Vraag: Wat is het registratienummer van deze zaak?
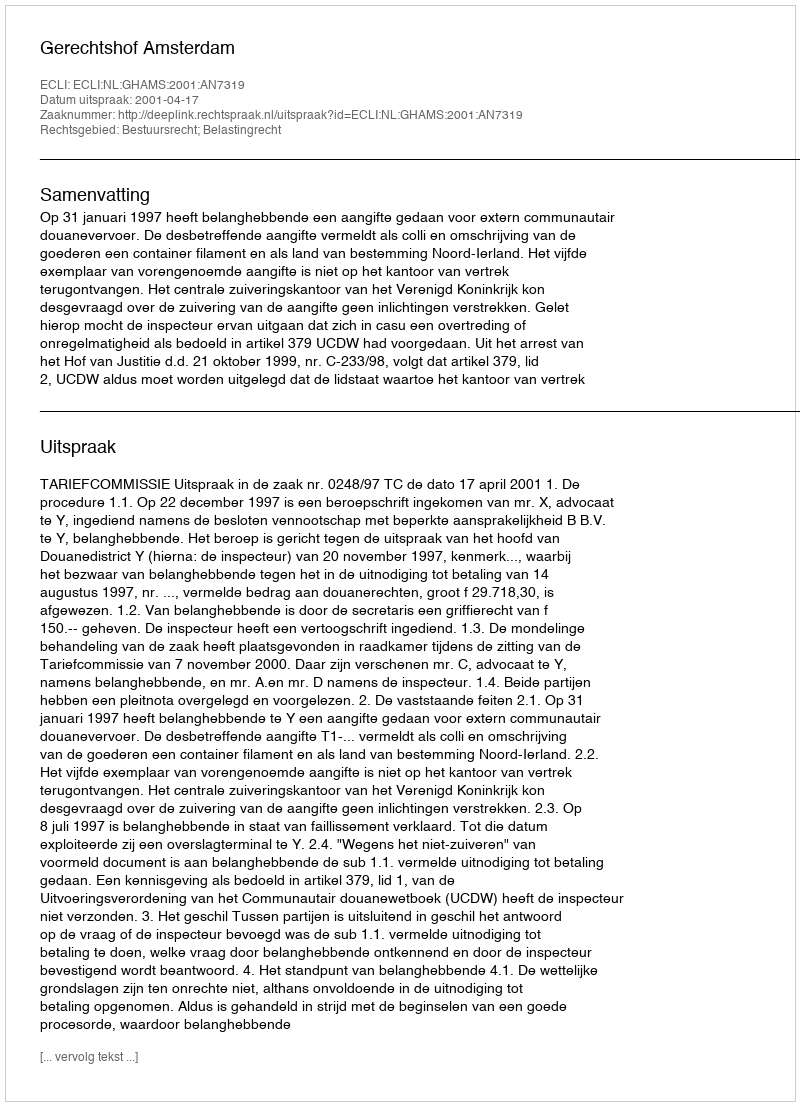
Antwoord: http://deeplink.rechtspraak.nl/uitspraak?id=ECLI:NL:GHAMS:2001:AN7319